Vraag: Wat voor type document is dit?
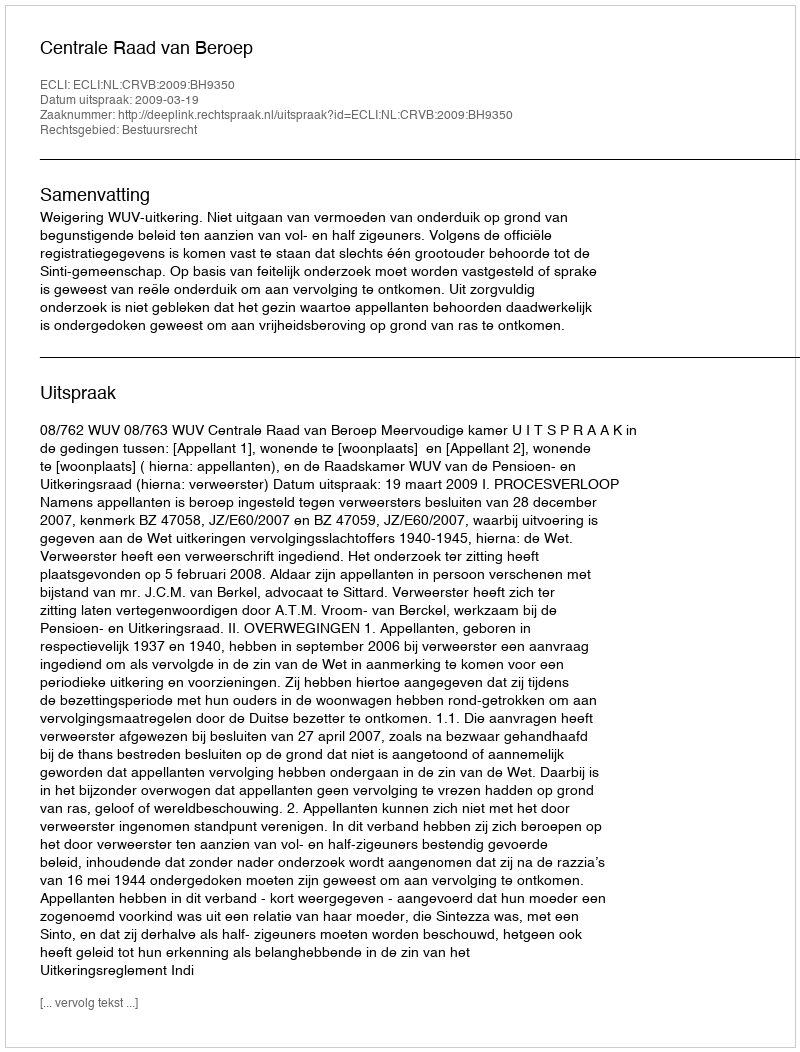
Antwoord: Uitspraak